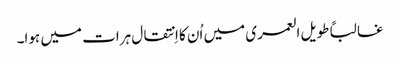
غالباً طویل العمری میں اُن کا اِنتقال ہرات میں ہوا۔